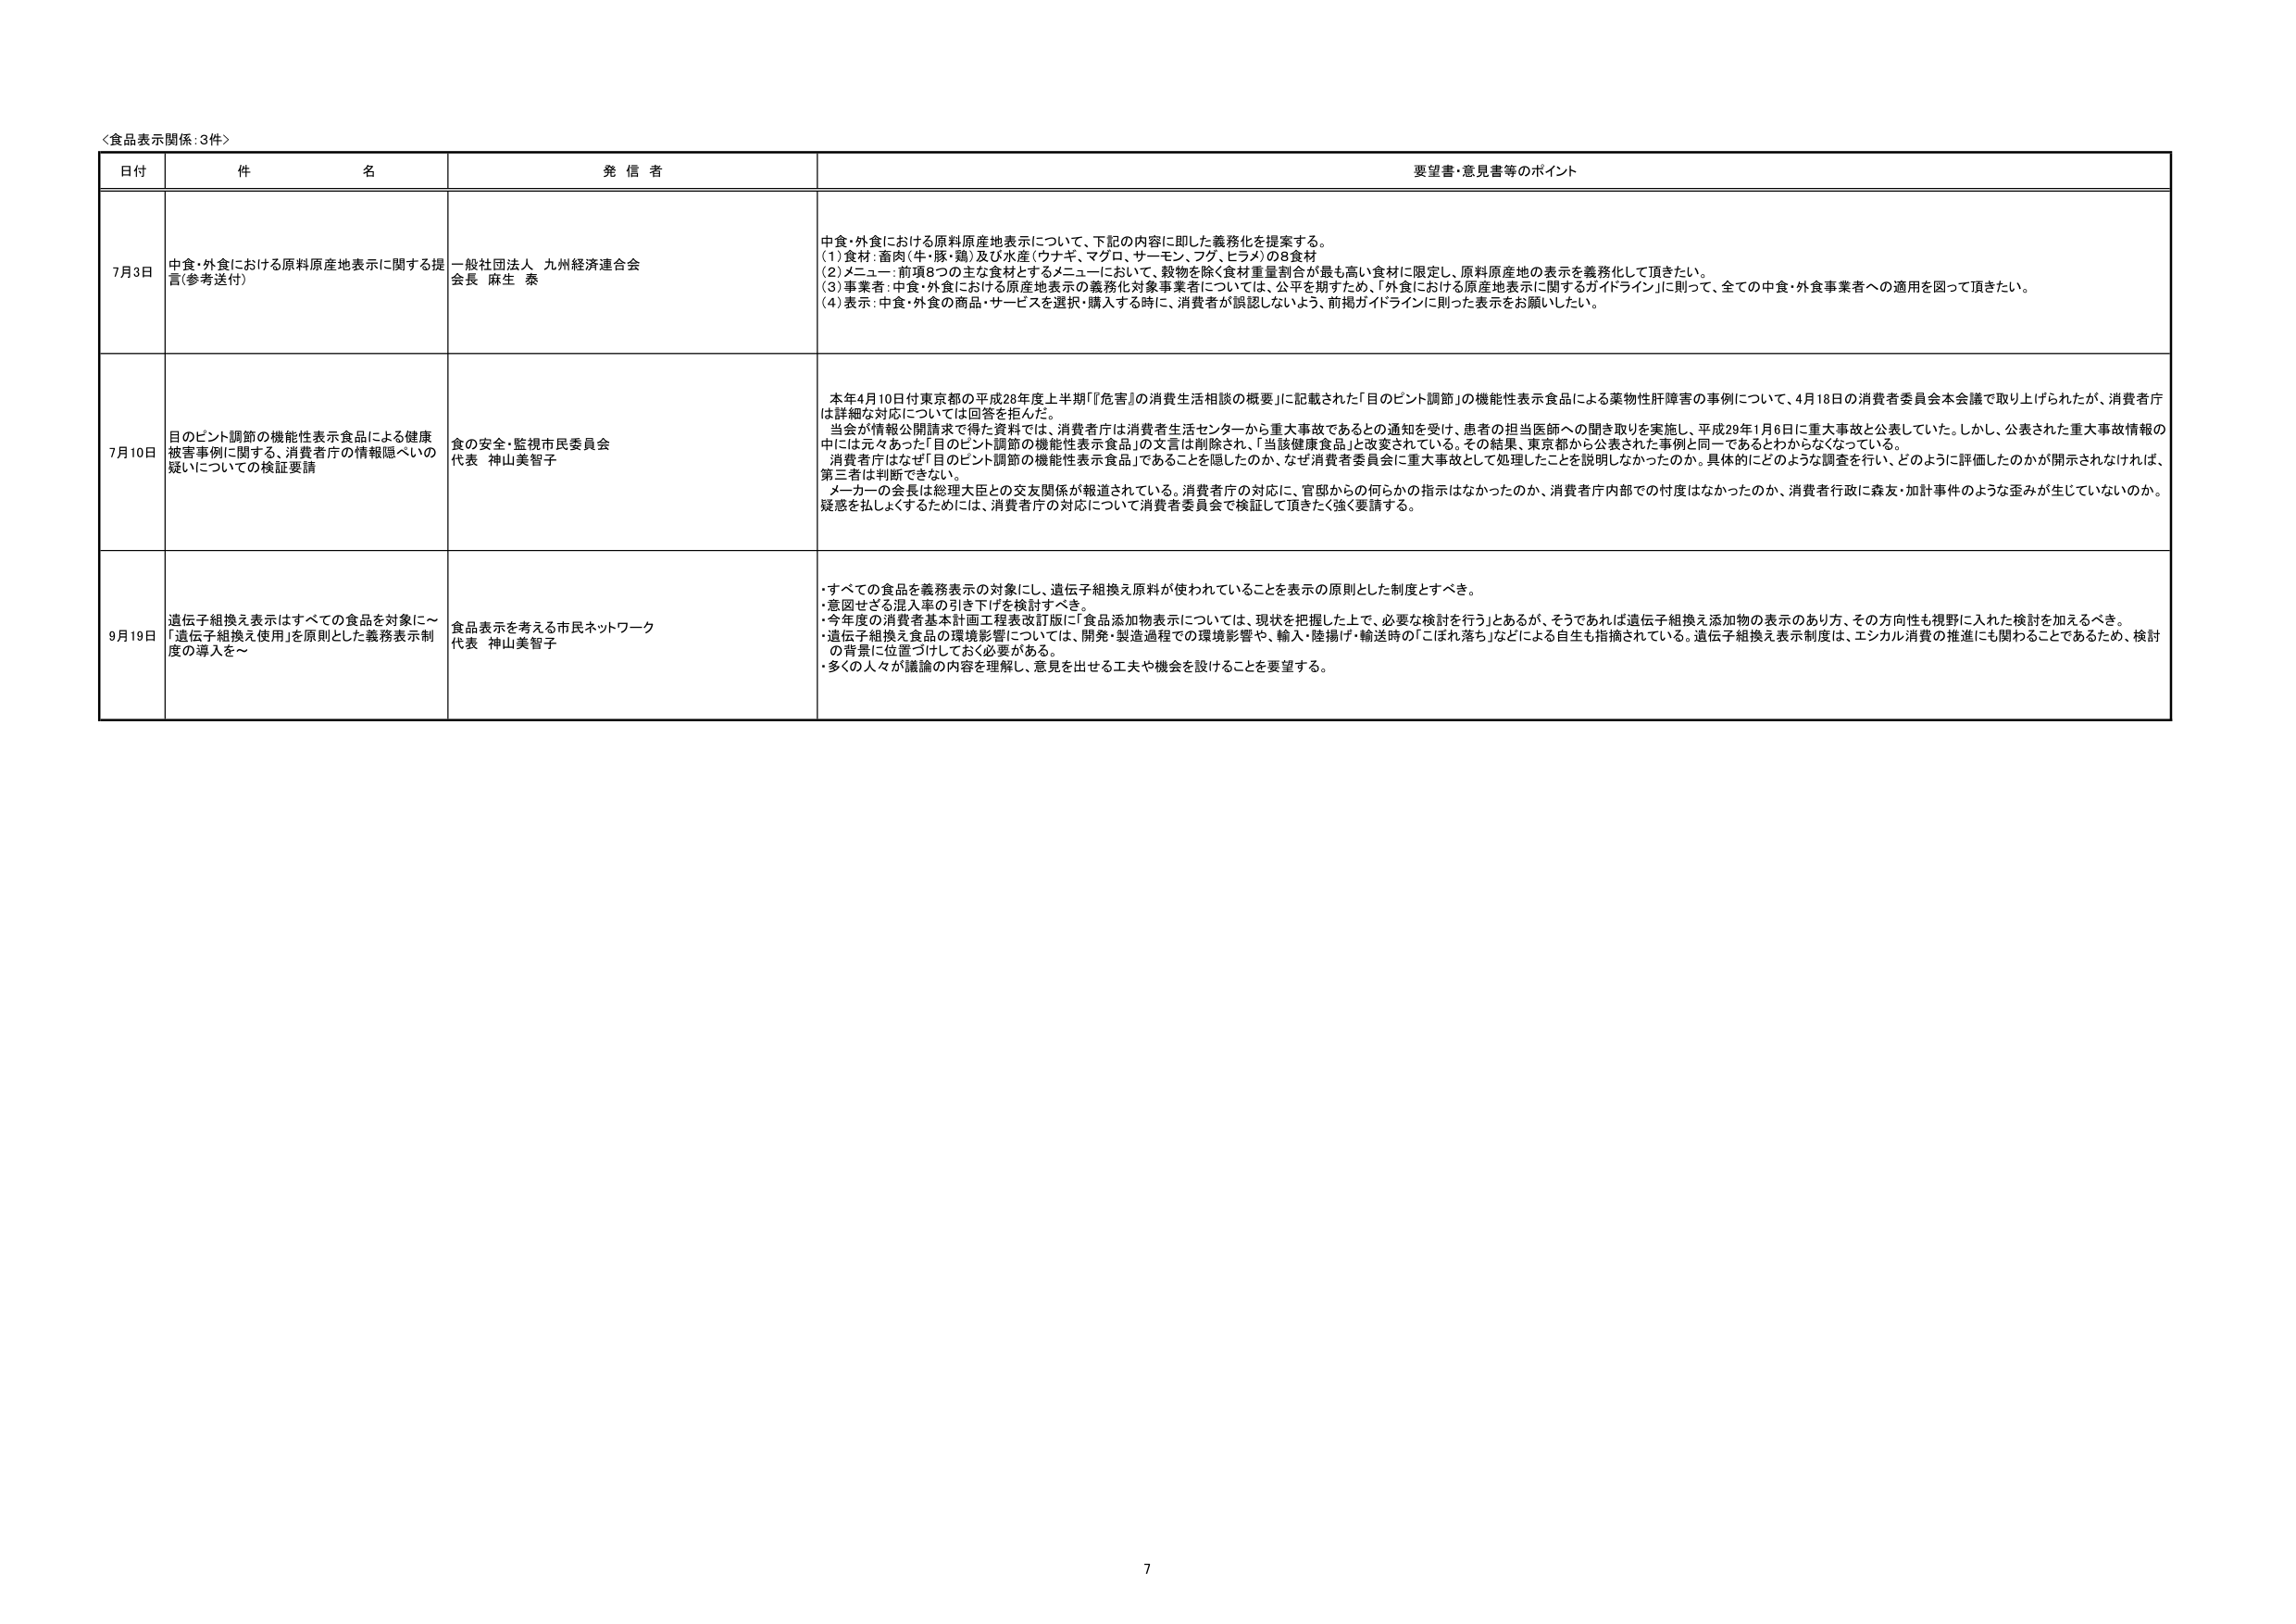
＜食品表示関係：3件＞

日付 件 名 発信者 要望書・意見書等のポイント

7月3日 中食・外食における原料原産地表示に関する提言（参考送付） 一般社団法人 九州経済連合会 会長 麻生 泰 中食・外食における原料原産地表示について、下記の内容に即した義務化を提案する。 (1)食材：畜肉（牛・豚・鶏）及び水産（ウナギ、マグロ、サーモン、フグ、ヒラメ）の8食材 (2)メニュー：前項8つの主な食材とするメニューにおいて、穀物を除く食材重量割合が最も高い食材に限定し、原料原産地の表示を義務化して頂きたい。 (3)事業者：中食・外食における原産地表示の義務化対象事業者については、公平を期すため、「外食における原産地表示に関するガイドライン」に則って、全ての中食・外食事業者への適用を図って頂きたい。 (4)表示：中食・外食の商品・サービスを選択・購入する時に、消費者が誤認しないよう、前掲ガイドラインに則った表示をお願いしたい。

7月10日 目のピント調節の機能性表示食品による健康被害事例に関する、消費者庁の情報隠ぺいの疑いについての検証要請 食の安全・監視市民委員会 代表 神山美智子 本年4月10日付東京都の平成28年度上半期『「危害」の消費生活相談の概要』に記載された「目のピント調節」の機能性表示食品による薬物性肝障害の事例について、4月18日の消費者委員会本会議で取り上げられたが、消費者庁は詳細な対応については回答を拒んだ。 当会が情報公開請求で得た資料では、消費者庁は消費者生活センターから重大事故であるとの通知を受け、患者の担当医師への聞き取りを実施し、平成29年1月6日に重大事故と公表していた。しかし、公表された重大事故情報の中には元々あった「目のピント調節の機能性表示食品」の文言は削除され、「当該健康食品」と改変されている。その結果、東京都から公表された事例と同一であるとわからなくなっている。 消費者庁はなぜ「目のピント調節の機能性表示食品」であることを隠したのか、なぜ消費者委員会に重大事故として処理したことを説明しなかったのか。具体的にどのような調査を行い、どのように評価したのかが開示されなければ、第三者は判断できない。 メーカーの会長は総理大臣との交友関係が報道されている。消費者庁の対応に、官邸からの何らかの指示はなかったのか、消費者庁内部での忖度はなかったのか、消費者行政に森友・加計事件のような歪みが生じていないのか。 疑惑を払しょくするためにには、消費者庁の対応について消費者委員会で検証して頂きたく強く要請する。

9月19日 遺伝子組換え表示はすべての食品を対象に～「遺伝子組換え使用」を原則とした義務表示制度の導入を～ 食品表示を考える市民ネットワーク 代表 神山美智子 ・すべての食品を義務表示の対象にし、遺伝子組換え原料が使われていることを表示の原則とした制度とすべき。 ・意図せざる混入率の引き下げを検討すべき。 ・今年度の消費者基本計画工程表改訂版に「食品添加物表示については、現状を把握した上で、必要な検討を行う」とあるが、そうであれば遺伝子組換え添加物の表示のあり方、その方向性も視野に入れた検討を加えるべき。 ・遺伝子組換え食品の環境影響については、開発・製造過程での環境影響や、輸入・陸揚げ・輸送時の「こぼれ落ち」などによる自生も指摘されている。遺伝子組換え表示制度は、エンカル消費の推進にも関わることであるため、検討の背景に位置づけておく必要がある。 ・多くの人々が議論の内容を理解し、意見を出せる工夫や機会を設けることを要望する。

7